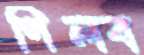
গিলব